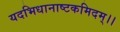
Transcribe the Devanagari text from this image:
यदभिधानाष्टकमिदम्।।